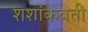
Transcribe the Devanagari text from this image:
शशांकवती